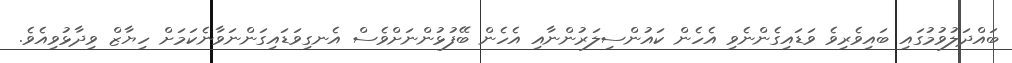
ބައްދަލުވުމުގައި ބައިވެރިވެ ވަޑައިގެންނެވި އެހެން ކައުންސިލަރުންނާއި އެހެން ބޭފުޅުންނަށްވެސް އެނގިވަޑައިގަންނަވާނެކަމަށް ހިޔާޒް ވިދާޅުވިއެވެ.